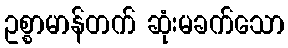
ဥစ္စာမာန်တက် ဆုံးမခက်သော